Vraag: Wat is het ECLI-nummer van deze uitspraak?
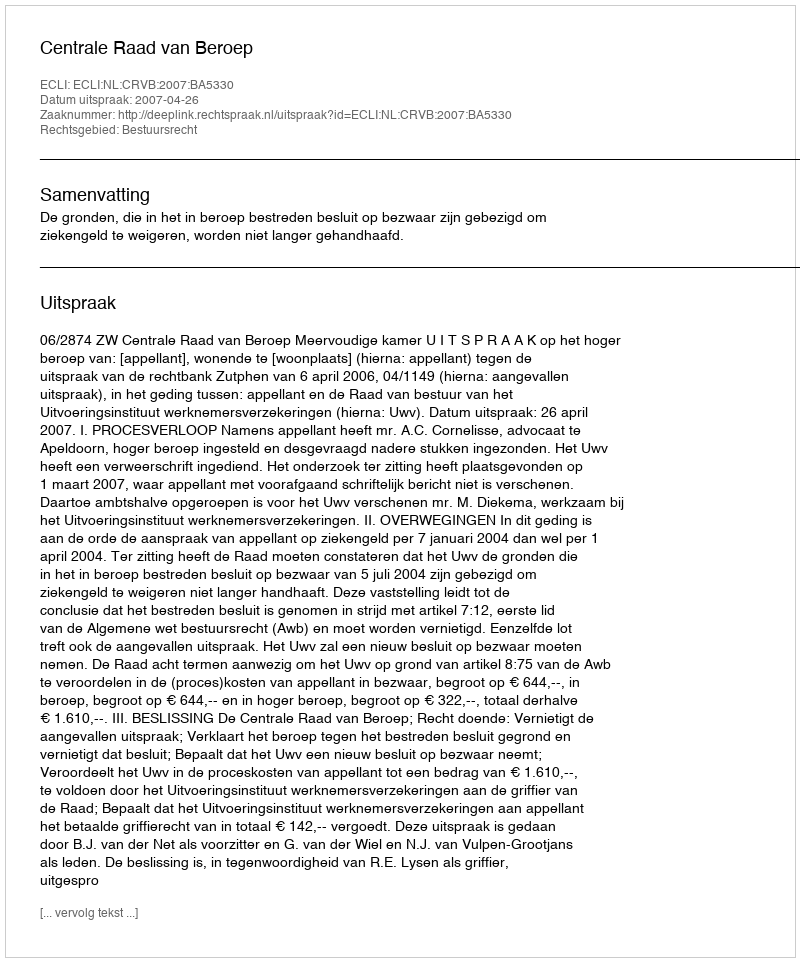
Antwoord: ECLI:NL:CRVB:2007:BA5330